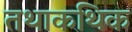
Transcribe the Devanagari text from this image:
तथाकथिक